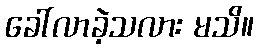
ခေါ်လာခဲ့သလား မသိ။